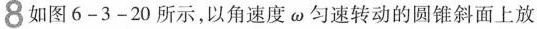
8 如图 6 - 3 - 2 0 所示，以角速度 \omega 匀速转动的圆锥斜面上放